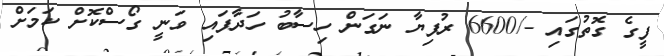
ފީގެ ގޮތުގައި -/6600 ރުފިޔާ ނަގަން ހިސާބު ހަދާފައި ވަނީ ގޯސްކޮށް ކަމަށް